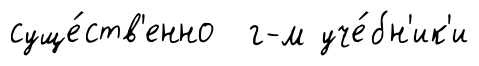
суще́ств'енно г-м уче́бн'ик'и